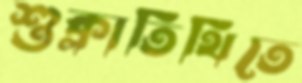
শুক্লাতিথিতে